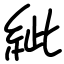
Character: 紪